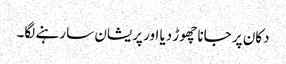
دکان پر جانا چھوڑ دیا اور پریشان سا رہنے لگا۔